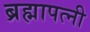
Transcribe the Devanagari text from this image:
ब्रह्मापत्नी